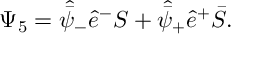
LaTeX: \Psi _ { 5 } = \skew 5 \hat { \bar { \psi } } _ { - } \hat { e } ^ { - } { \cal S } + \skew 5 \hat { \bar { \psi } } _ { + } \hat { e } ^ { + } \bar { \cal S } .